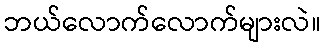
ဘယ်လောက်လောက်များလဲ။